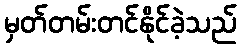
မှတ်တမ်းတင်နိုင်ခဲ့သည်